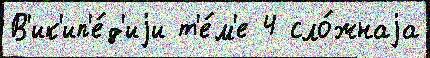
В'ик'ип'е́д'иjи т'е́м'е 4 сло́жнаjа